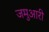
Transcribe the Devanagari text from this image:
जमुआरी